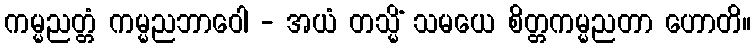
ကမ္မညတ္တံ ကမ္မညဘာဝေါ - အယံ တသ္မိံ သမယေ စိတ္တကမ္မညတာ ဟောတိ။